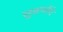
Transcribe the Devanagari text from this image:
सुकर्णोचे